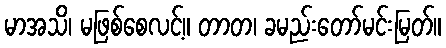
မာအသိ၊ မဖြစ်စေလင့်။ တာတ၊ ခမည်းတော်မင်းမြတ်။